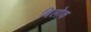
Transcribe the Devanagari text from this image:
बिलोक